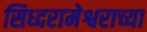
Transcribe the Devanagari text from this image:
सिध्दरामेश्वराच्या